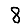
Digit: 8